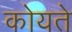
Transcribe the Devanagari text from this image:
कोयते